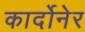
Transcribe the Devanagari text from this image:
कार्दोनेर